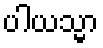
ပါယသ္မာ